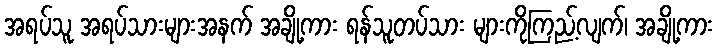
အရပ်သူ အရပ်သားများအနက် အချို့ကား ရန်သူတပ်သား များကိုကြည့်လျက်၊ အချို့ကား